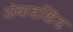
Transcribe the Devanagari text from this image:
अंबाडखिंड